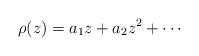
LaTeX: \begin{align*}\rho(z) = a_1 z + a_2 z^2 + \cdots\end{align*}